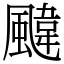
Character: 颹